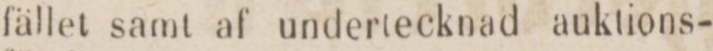
fället samt af undertecknad auktions-